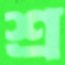
শ্র